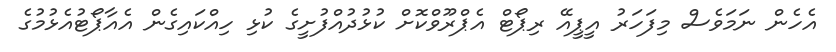
އެހެން ނަަމަވެސް މިފަހަރު އީޕީއޭ ރިޕޯޓް އެޕްރޫވްކޮށް ކުޅުދުއްފުށީގެ ކުޅި ހިއްކައިގެން އެއާޕޯޓުއެޅުމުގެ